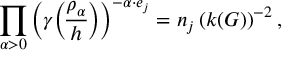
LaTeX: \prod _ { \alpha > 0 } \left( \gamma { \rho _ { \alpha } \overwithdelims ( ) h } \right) ^ { - \alpha \cdot e _ { j } } = n _ { j } \left( k ( G ) \right) ^ { - 2 } ,